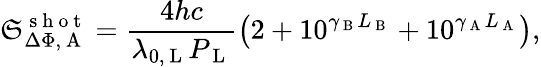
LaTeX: \mathfrak{S}_{\Delta\Phi,\mathrm{{~A~}}}^{\mathrm{{~s~h~o~t~}}}=\frac{{4hc}}{{\lambda_{0,\mathrm{{~L~}}}P_{\mathrm{{~L~}}}}}\left(2+10^{\gamma_{\mathrm{{~B~}}}L_{\mathrm{{~B~}}}}+10^{\gamma_{\mathrm{{~A~}}}L_{\mathrm{{~A~}}}}\right),